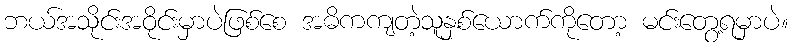
ဘယ်အသိုင်းအဝိုင်းမှာပဲဖြစ်စေ အဓိကကျတဲ့သူနှစ်ယောက်ကိုတော့ မင်းတွေ့ရမှာပဲ။